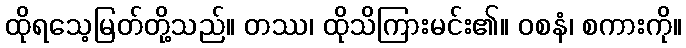
ထိုရသေ့မြတ်တို့သည်။ တဿ၊ ထိုသိကြားမင်း၏။ ဝစနံ၊ စကားကို။